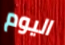
اليوم